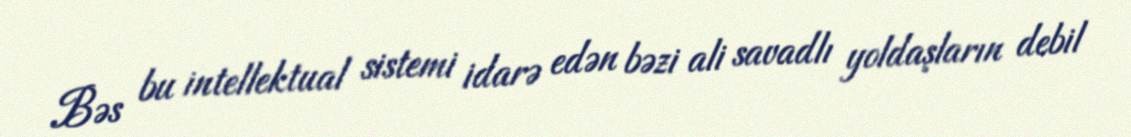
Bəs bu intellektual sistemi idarə edən bəzi ali savadlı yoldaşların debil